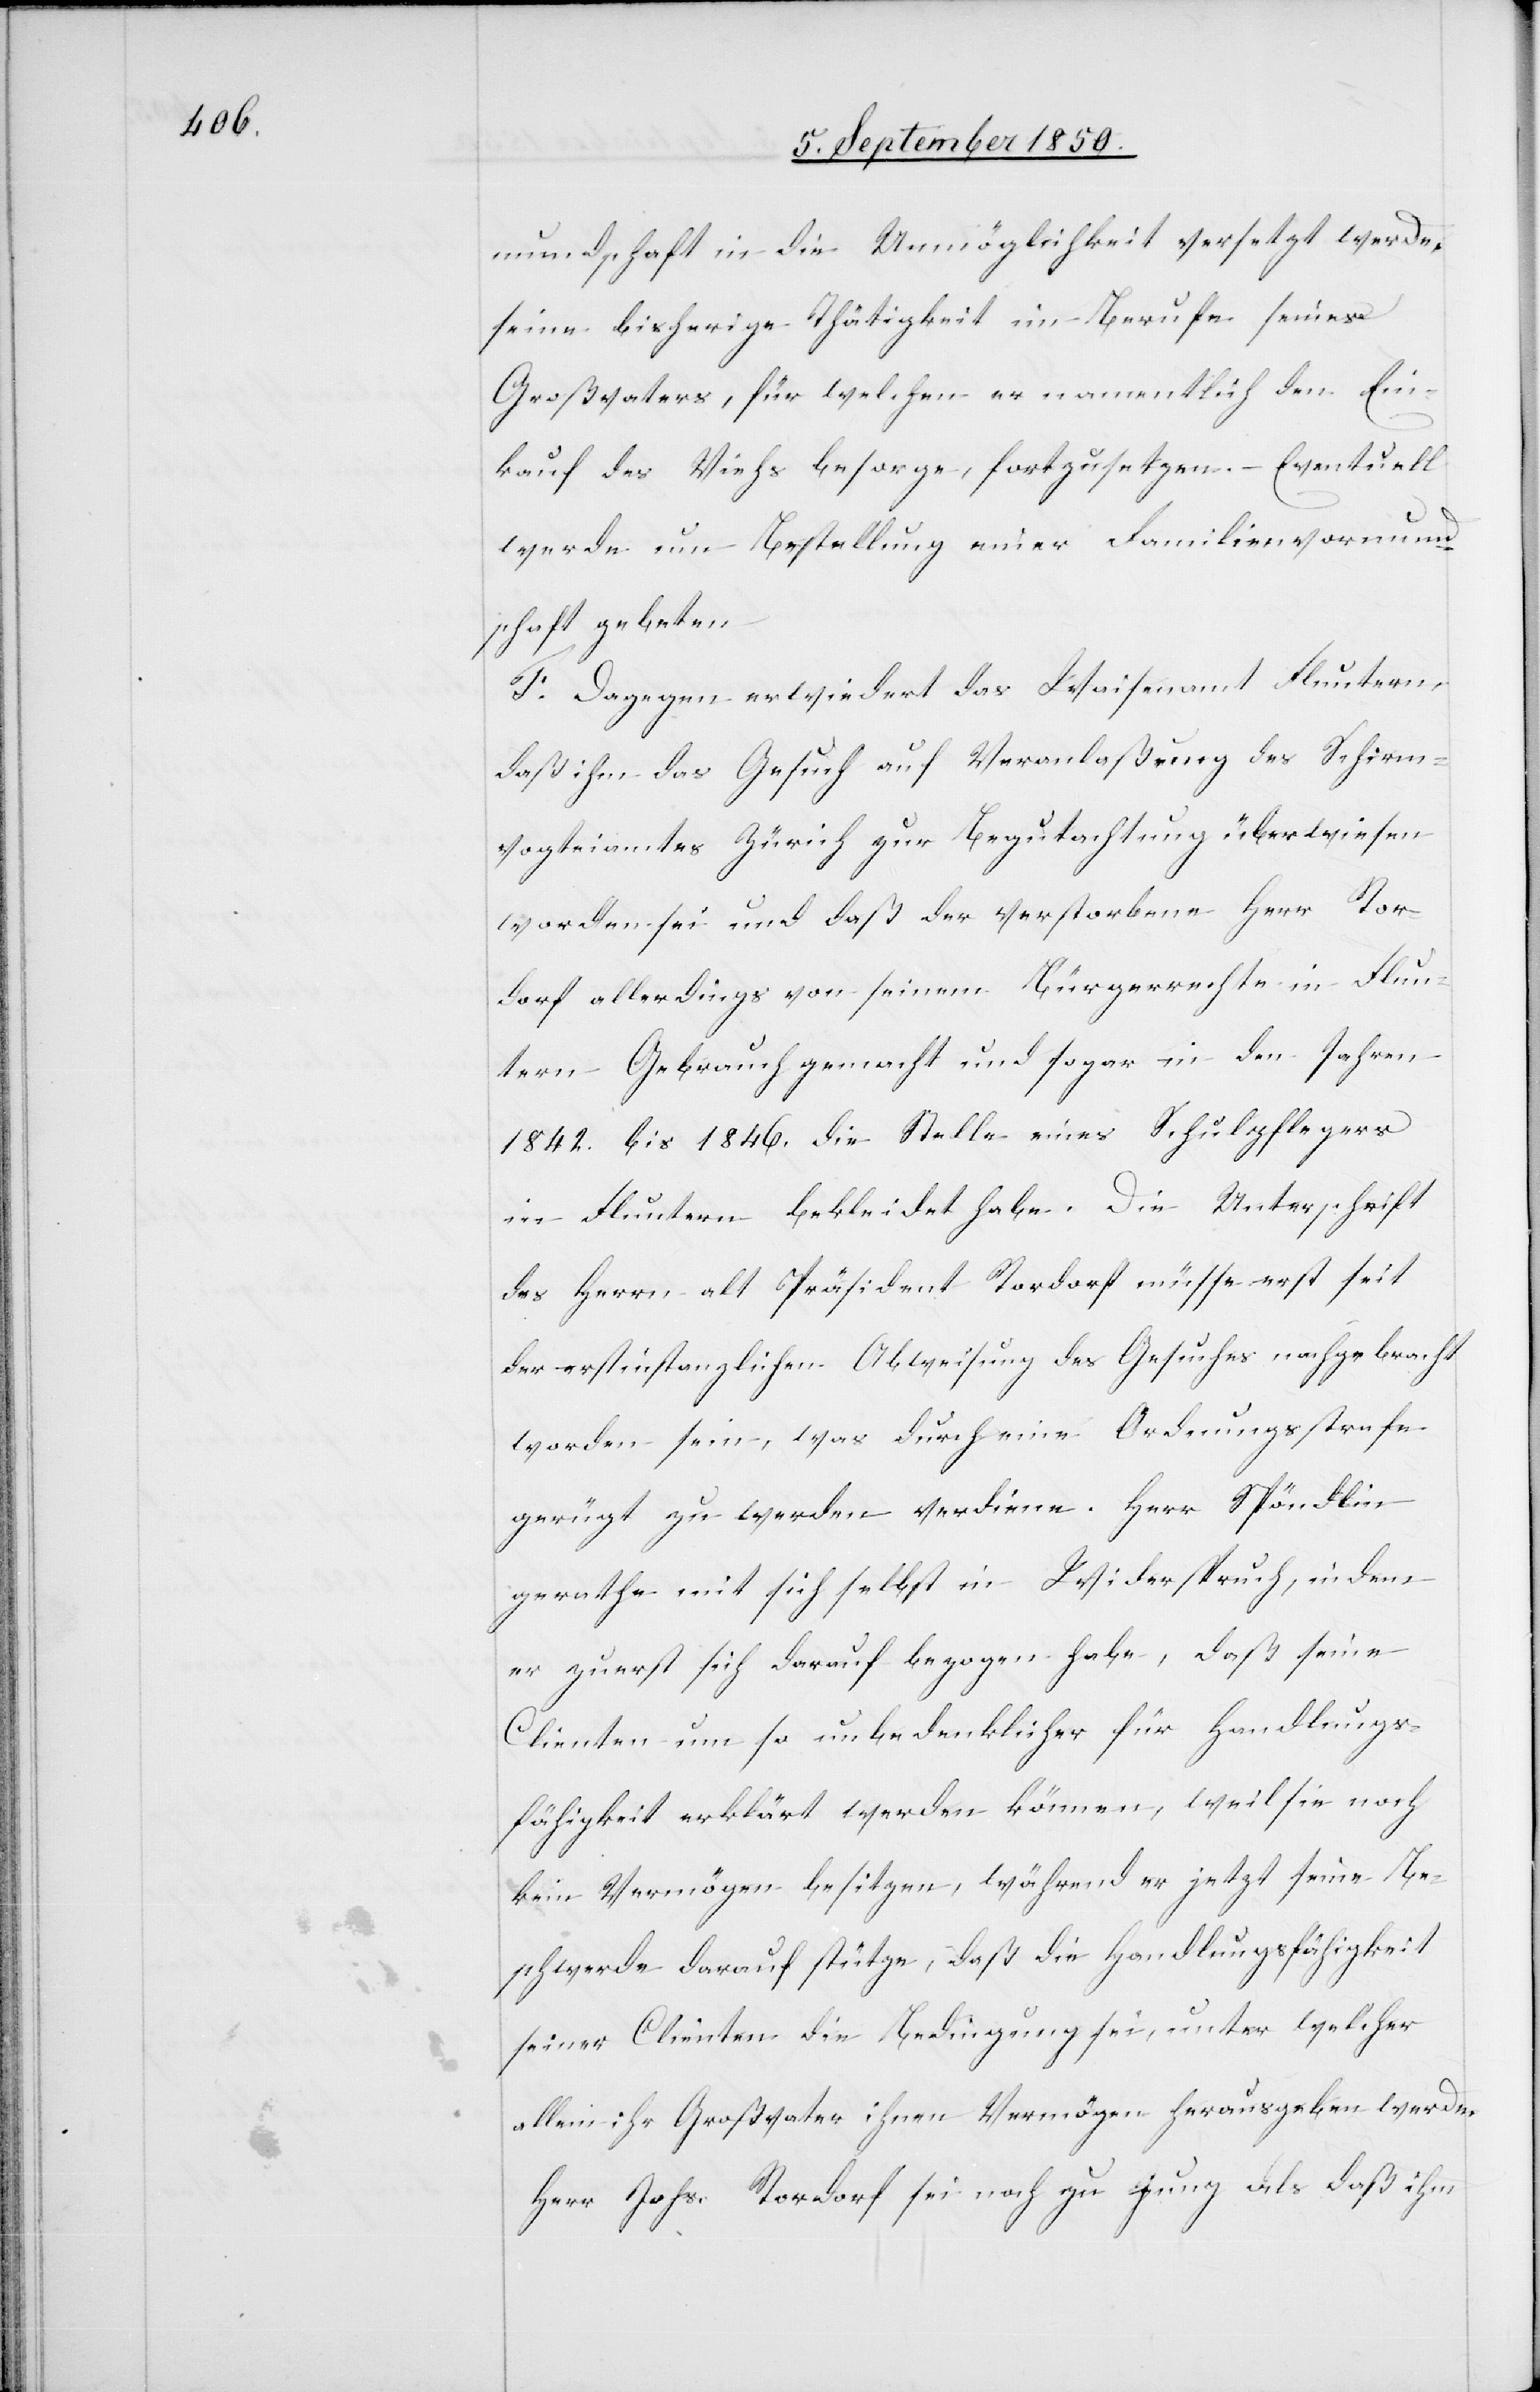
mundschaft in die Unmöglichkeit versetzt werde,
seine bisherige Thätigkeit im Berufe seines
Großvaters, für welchen er namentlich den Ein¬
kauf des Viehs besorge, fortzusetzen. – Eventuell
werde um Bestellung einer Familienvormund¬
schaft gebeten.
F. Dagegen erwiedert das Waisenamt Fluntern,
daß ihm das Gesuch auf Veranlaßung des Schirm¬
vogteiamtes Zürich zur Begutachtung überwiesen
worden sei und daß der verstorbene Herr Ror¬
dorf allerdings von seinem Bürgerrecht in Flun¬
tern Gebrauch gemacht und sogar in den Jahren
1842. bis 1846. die Stelle eines Schulpflegers
in Fluntern bekleidet habe. Die Unterschrift
des Herrn alt Präsident Rordorf müsse erst seit
der erstinstanzlichen Abweisung des Gesuches nachgebracht
worden sein, was durch eine Ordnungsstrafe
gerügt zu werden verdiene. Herr Spöndlin
gerathe mit sich selbst in Widerspruch, indem
er zuerst sich darauf bezogen habe, daß seine
Clienten um so unbedenklicher für Handlungs¬
fähigkeit [sic!] erklärt werden können, weil sie noch
kein Vermögen besitzen, während er jetzt seine Be¬
schwerde darauf stütze, daß die Handlungsfähigkeit
seiner Clienten die Bedingung sei, unter welcher
allein ihr Großvater ihnen Vermögen herausgeben werde.
Herr Johs. Rordorf sein noch zu jung als daß ihm